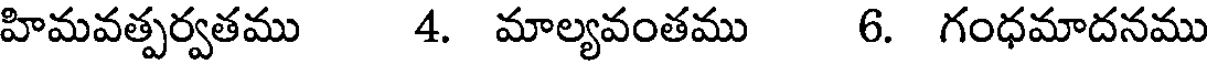
హిమవత్పర్వతము 4. మాల్యవంతము 6. గంధమాదనము